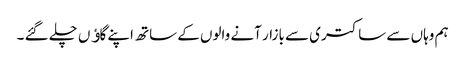
ہم وہاں سے ساکتری سے بازار آنے والوں کے ساتھ اپنے گاﺅں چلے گئے ۔